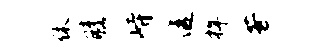
休膝峙透捍芳